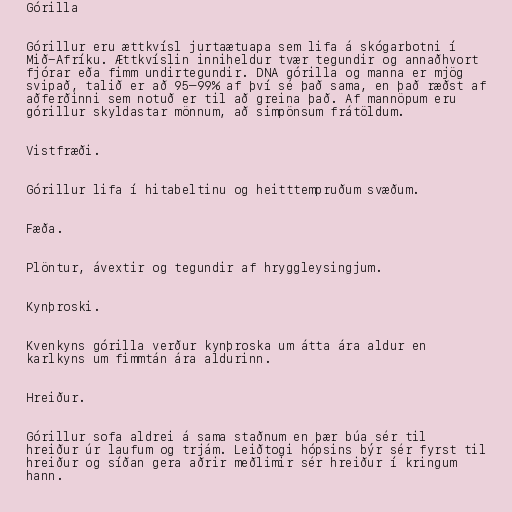
Górilla

Górillur eru ættkvísl jurtaætuapa sem lifa á skógarbotni í
Mið-Afríku. Ættkvíslin inniheldur tvær tegundir og annaðhvort
fjórar eða fimm undirtegundir. DNA górilla og manna er mjög
svipað, talið er að 95–99% af því sé það sama, en það ræðst af
aðferðinni sem notuð er til að greina það. Af mannöpum eru
górillur skyldastar mönnum, að simpönsum frátöldum.

Vistfræði.

Górillur lifa í hitabeltinu og heitttempruðum svæðum.

Fæða.

Plöntur, ávextir og tegundir af hryggleysingjum.

Kynþroski.

Kvenkyns górilla verður kynþroska um átta ára aldur en
karlkyns um fimmtán ára aldurinn.

Hreiður.

Górillur sofa aldrei á sama staðnum en þær búa sér til
hreiður úr laufum og trjám. Leiðtogi hópsins býr sér fyrst til
hreiður og síðan gera aðrir meðlimir sér hreiður í kringum
hann.